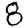
Digit: 8